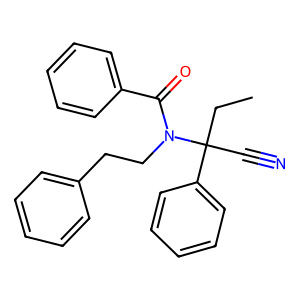
SMILES: CCC(C#N)(c1ccccc1)N(CCc1ccccc1)C(=O)c1ccccc1
Inhibits HIV replication: No